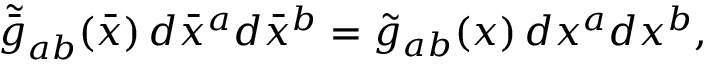
\tilde { \bar { g } } _ { a b } ( \bar { x } ) \, d \bar { x } ^ { a } d \bar { x } ^ { b } = \tilde { g } _ { a b } ( x ) \, d x ^ { a } d x ^ { b } ,